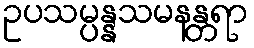
ဥပသမ္ပန္နသမနန္တရာ